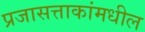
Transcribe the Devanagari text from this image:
प्रजासत्ताकांमधील